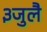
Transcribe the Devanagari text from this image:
३जुलै